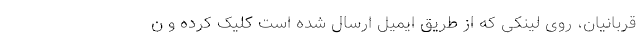
قربانیان‌، روی لینکی که از طریق ایمیل ارسال شده است کلیک کرده و ن